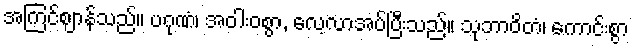
အကြင်ဈာန်သည်။ ပဂုဏံ၊ အဝါးဝစွာ, လေ့လာအပ်ပြီးသည်။ သုဘာဝိတံ၊ ကောင်းစွာ